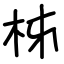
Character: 柹